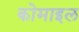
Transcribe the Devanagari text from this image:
कोमाइल